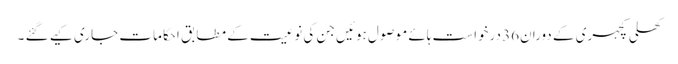
کھلی کچہری کے دوران36 درخواست ہائے موصول ہوئیں جن کی نوعیت کے مطابق احکامات جاری کیے گئے ۔